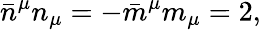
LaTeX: \bar{n}^{\mu}n_{\mu}=-\bar{m}^{\mu}m_{\mu}=2,